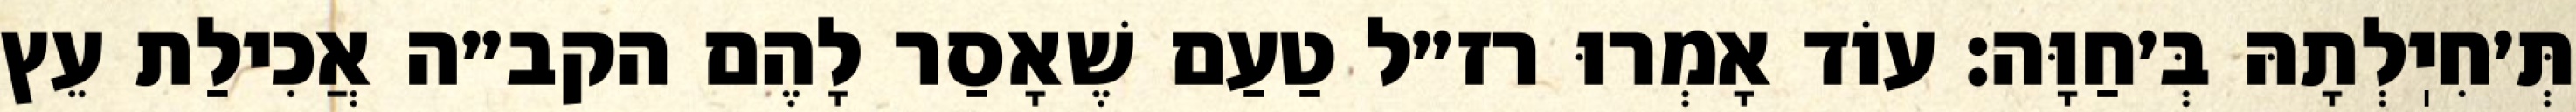
תְּ׳חִיֽלְתָהּ בְּ׳חַוָּה: עוֹד אָמְרוּ רז״ל טַעַם שֶׁאָסַר לָהֶם הקב״ה אֲכִילַת עֵץ